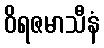
ဝိရဇမာသီနံ